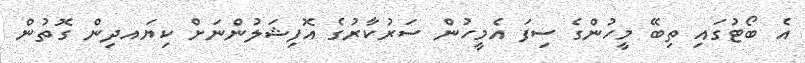
އެ ބޯޓުގައި ތިބޭ މީހުންގެ ސިފަ އެމީހުން ސަރުކާރުގެ އޮފިޝަލުންނަށް ކިޔައދިން ގޮތުން